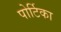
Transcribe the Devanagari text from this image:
पोर्टिका